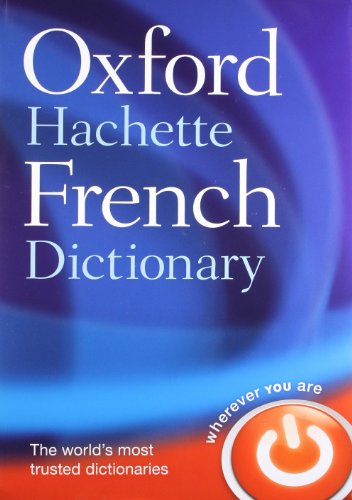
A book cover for Oxford-Hachette French Dictionary; Marie-Helene Correard; Reference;